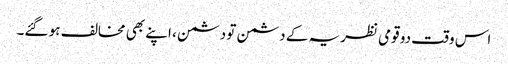
اس وقت دو قومی نظریہ کے دشمن تو دشمن ، اپنے بھی مخالف ہو گئے۔